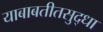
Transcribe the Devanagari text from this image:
याबाबतीतसुद्‌धा